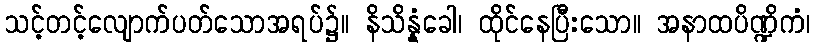
သင့်တင့်လျောက်ပတ်သောအရပ်၌။ နိသိန္နံခေါ၊ ထိုင်နေပြီးသော။ အနာထပိဏ္ဍိကံ၊